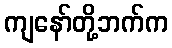
ကျနော်တို့ဘက်က